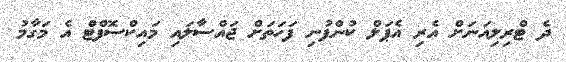
ދެ ޓްރިލިއަނަށް އެރި އެޕަލް ކުންފުނި ފަހަތަށް ޖައްސާލައި މައިކްސޮފްޓް އެ މަގާމު